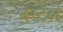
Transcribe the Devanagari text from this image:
नेस्टले